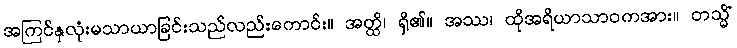
အကြင်နှလုံးမသာယာခြင်းသည်လည်းကောင်း။ အတ္ထိ၊ ရှိ၏။ အဿ၊ ထိုအရိယာသာဝကအား။ တသ္မိံ